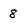
Character: 8